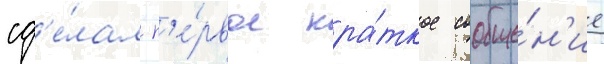
сд'е́лал п'е́рвое кра́ткое сообще́н'ие